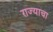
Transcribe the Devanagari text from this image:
राज्‍याचा